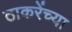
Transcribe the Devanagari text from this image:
ठाकरेंच्या